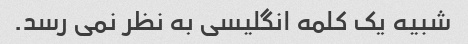
شبیه یک کلمه انگلیسی به نظر نمی رسد.